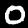
Label: 0